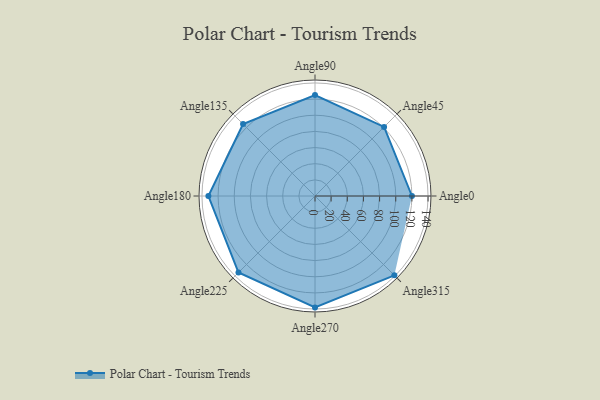
{"axis": {"x": "Angle", "y": "Radius"}, "legend": [""], "data": [{"x": "Angle0", "y": 120.0, "type": ""}, {"x": "Angle45", "y": 121.0, "type": ""}, {"x": "Angle90", "y": 125.0, "type": ""}, {"x": "Angle135", "y": 126.0, "type": ""}, {"x": "Angle180", "y": 132.0, "type": ""}, {"x": "Angle225", "y": 134.0, "type": ""}, {"x": "Angle270", "y": 138.0, "type": ""}, {"x": "Angle315", "y": 139.0, "type": ""}]}